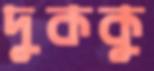
দুককু